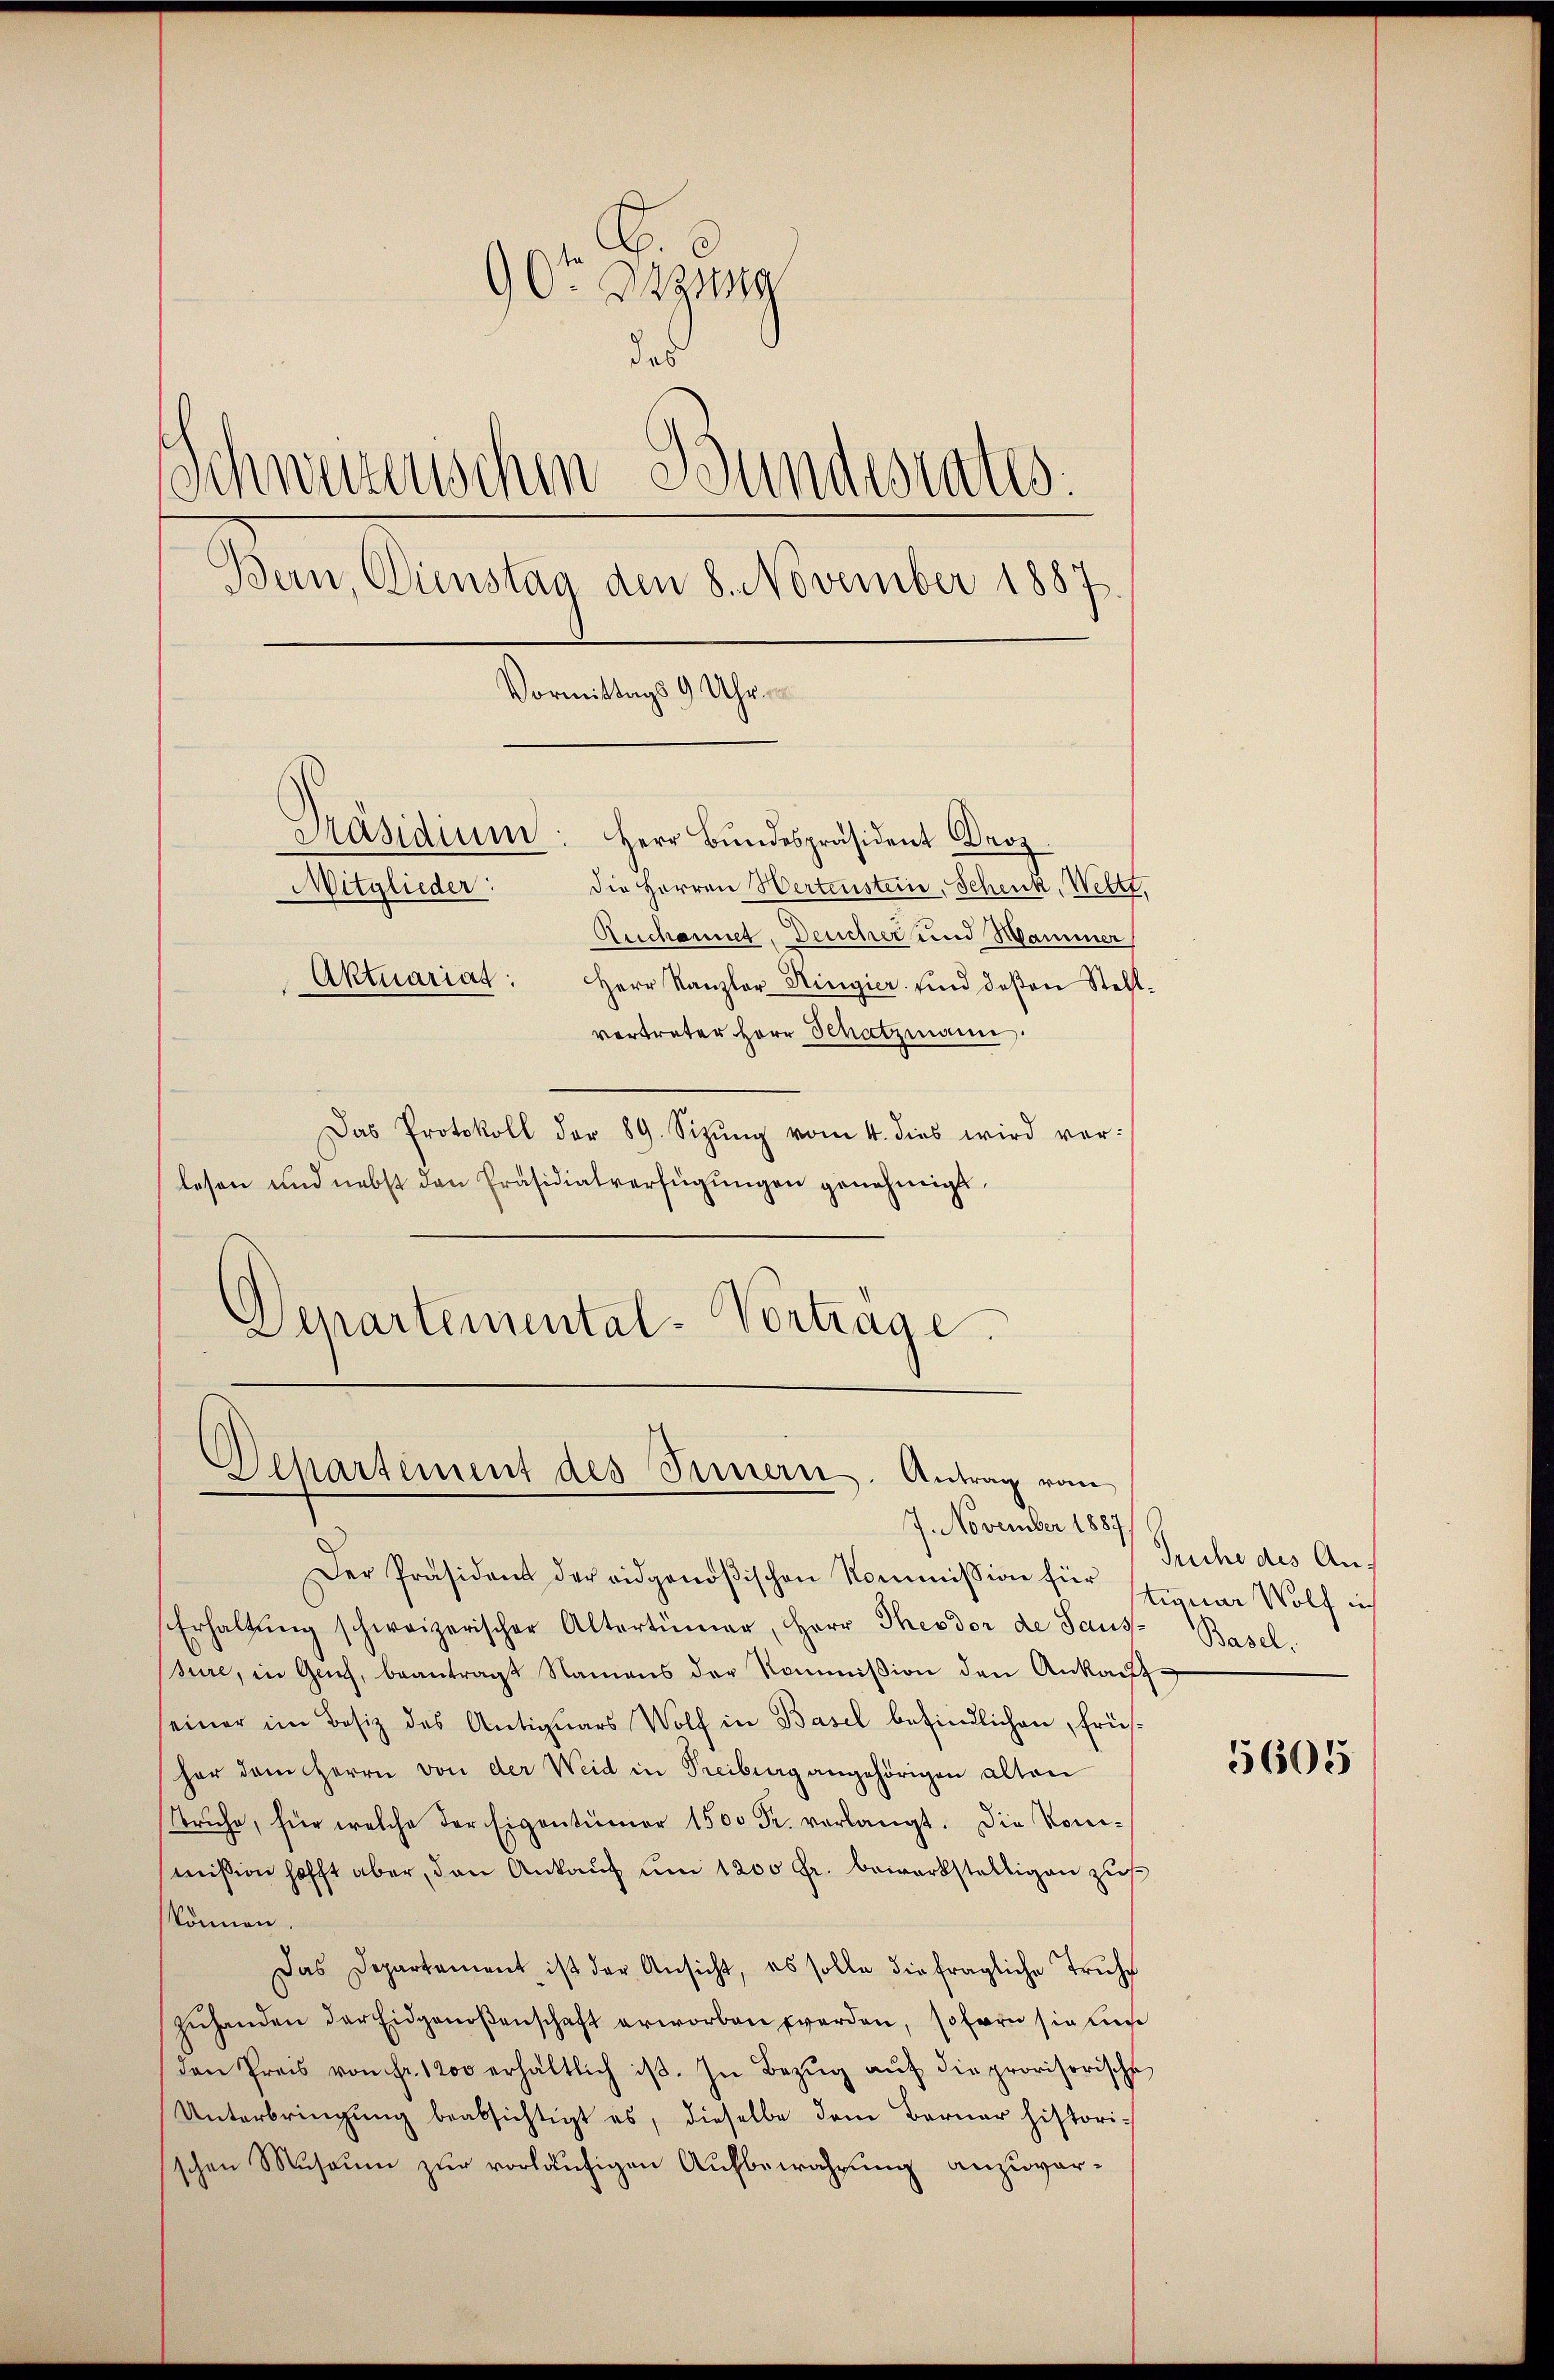
Or. Deze
das
Schweizerischen Bundesrates.
Bern, Dinstag den 8. November 1887.
Vormittags 9 Uhr
Päsidium: Herr Bŭndespräsident Droz.
die Herren Hertenstein, Schenk, Wert,
Mitglieder:
Zuchannet, Deucher und Hammer
Aktuariat: Herr Kanzler Ringier sind deβen Stell-
vertreter Herr Schatzmann.

Das Protokoll der 89. Sizŭng vom 4. dies wird vorlesen und nebst den Präsidialverfügungen genehmigt.
Departemental-Vortrage.

Departement des Sinnern. Antrag vom
7. November 1887

Der Präsident der eidgenößischen Kommission für 12 Wolf ich
Erhaltŭng schweizerischer Altertümer, Herr Theodor de Saus- Basel.
sure, in Genf, beantragt Namens der Kommission den Ankaŭf-
einer im Besiz des Antiquars Wolf in Basel befindlichen, frühher dem Herrn von der Weid in Treiburg angehörigen alten
Truhe, für welche der Eigentümer 1500 Fr. verlangt. Die Koni-
mission hofft aber, den Ankauf um 1200 Fr. bewerkstelligen zus
können.
Das Departement ist der Ansicht, es solle die fragliche Truhe
Zuhanden der Eidgenoßenschaft erworben werden, sofern sie aus
den Preis von Fr. 1200 erhältlich ist. In Bezŭg aŭf die provisorische
Unterbringung beabsichtigt es, dieselbe dem Berner historischen Museum zur vorläufigen Aufbewahrung anzuver¬

Truche des An-

5605